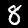
Digit: 8